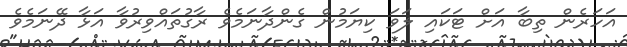
އަހަރެން ތިބާ އަށް ޓަކައި ލަވަ ކިޔަމުން ގެންދާނަމެވެ ރާގުތައްވިރުވާ އަޅާ ދޭނަމެވެ